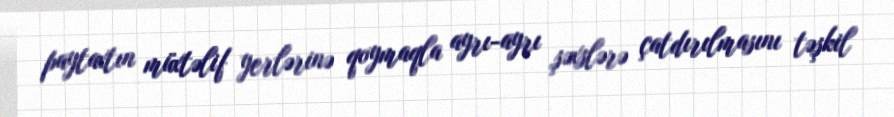
paytaxtın müxtəlif yerlərinə qoymaqla ayrı-ayrı şəxslərə çatdırılmasını təşkil